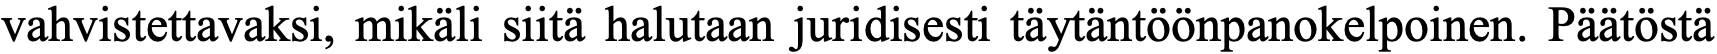
vahvistettavaksi, mikäli siitä halutaan juridisesti täytäntöönpanokelpoinen. Päätöstä